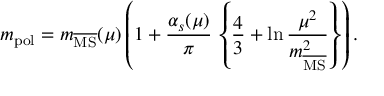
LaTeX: m _ { \mathrm { p o l } } = m _ { \overline { { { \mathrm { M S } } } } } ( \mu ) \left( 1 + \frac { \alpha _ { s } ( \mu ) } { \pi } \, \left\{ \frac { 4 } { 3 } + \ln \frac { \mu ^ { 2 } } { m _ { \overline { { { \mathrm { M S } } } } } ^ { 2 } } \right\} \right) .